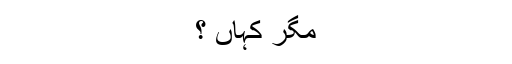
مگر کہاں ؟